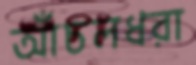
আঁচলধরা